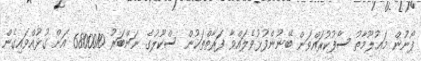
ފޯނުން މަޢުލޫމާތު ސާފުކުރައްވަން ބޭނުންފުޅުވެލައްވާ ފަރާތްތަކުން ސްކޫލުގެ ނަންބަރު 6800010 އަށް ގުޅުއްވައިގެން